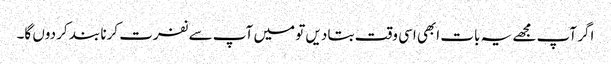
اگر آپ مجھے یہ بات ابھی اسی وقت بتا دیں تو میں آپ سے نفرت کرنا بند کر دوں گا۔